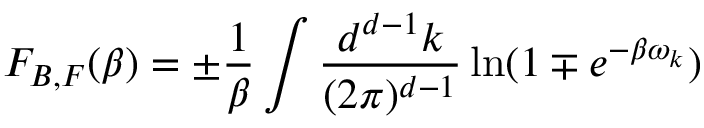
F _ { B , F } ( \beta ) = \pm \frac { 1 } { \beta } \int \frac { d ^ { d - 1 } k } { ( 2 \pi ) ^ { d - 1 } } \ln ( 1 \mp e ^ { - \beta \omega _ { k } } )